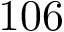
1 0 6